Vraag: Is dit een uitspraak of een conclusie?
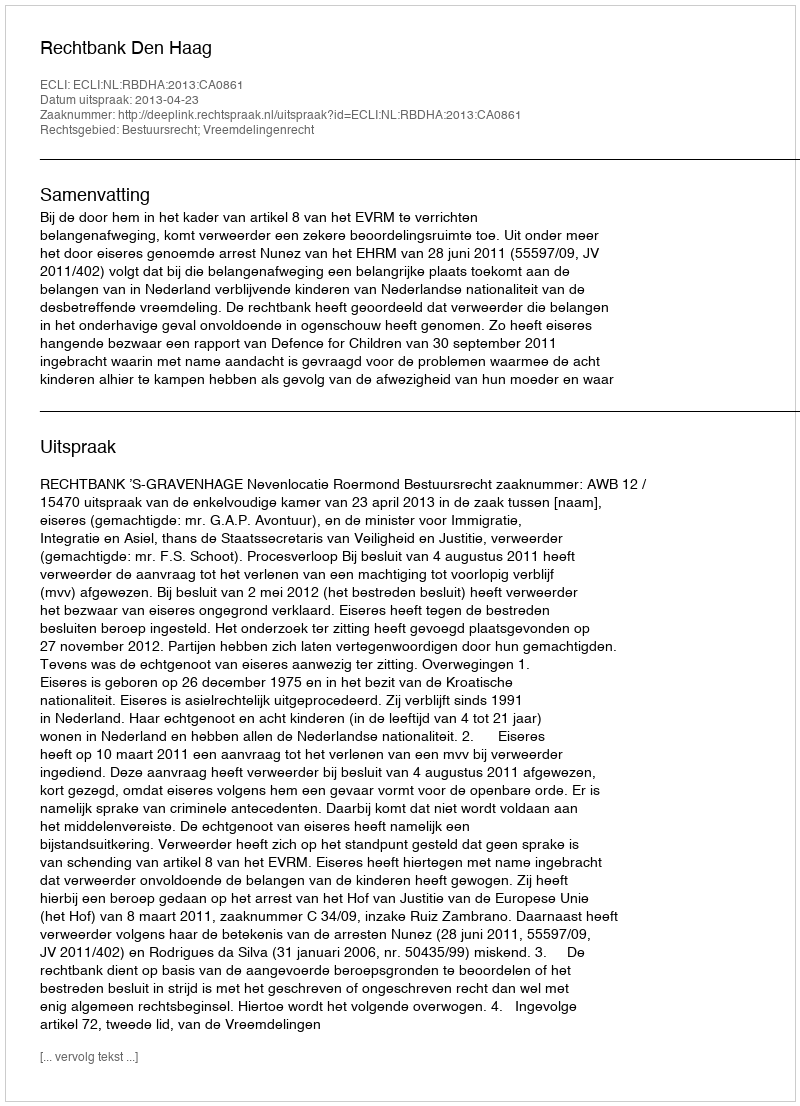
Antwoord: Uitspraak